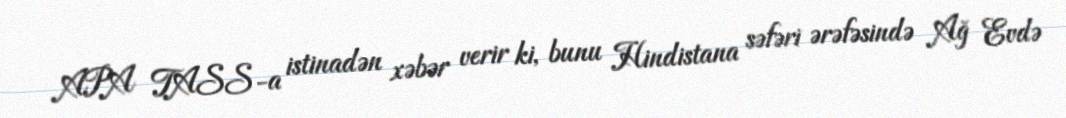
APA TASS-a istinadən xəbər verir ki, bunu Hindistana səfəri ərəfəsində Ağ Evdə